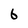
Character: 6